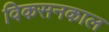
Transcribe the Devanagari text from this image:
विकसनकाल